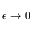
\epsilon \rightarrow 0